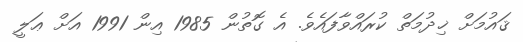
ޤައުމަށް ޚިދުމަތް ކުރައްވާފައެވެ. އެ ގޮތުން 1985 އިން 1991 އަށް ޢަލީ